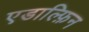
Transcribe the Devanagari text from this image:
एडाल्फ़िन